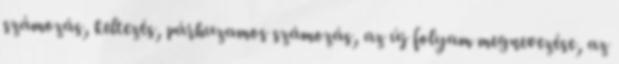
számozás, keltezés, párhuzamos számozás, az új folyam megnevezése, az